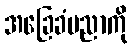
အခြေခံပညာကို